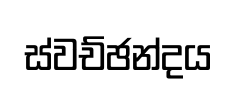
ස්වච්ඡන්දය